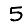
Digit: 5